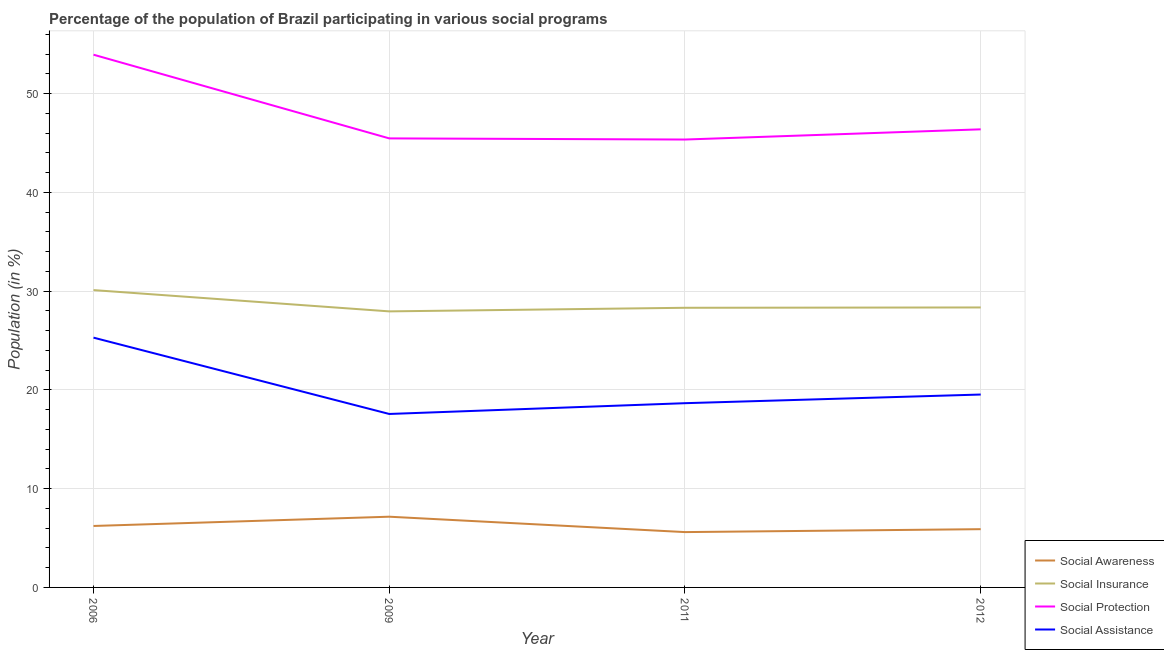
| Year | Social Awareness | Social Insurance | Social Protection | Social Assistance |
 | --- | --- | --- | --- | --- |
 | 2006 | 6.22 | 30.1 | 53.9 | 25.3 |
 | 2009 | 7.16 | 27.9 | 45.5 | 17.6 |
 | 2011 | 5.6 | 28.3 | 45.3 | 18.7 |
 | 2012 | 5.9 | 28.3 | 46.4 | 19.5 |